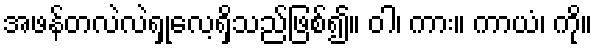
အဖန်တလဲလဲရှုလေ့ရှိသည်ဖြစ်၍။ ဝါ၊ ကား။ ကာယံ၊ ကို။